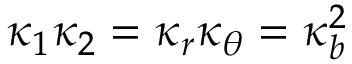
\kappa _ { 1 } \kappa _ { 2 } = \kappa _ { r } \kappa _ { \theta } = \kappa _ { b } ^ { 2 }